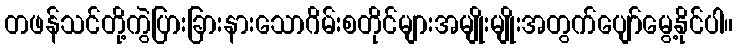
တဖန်သင်တို့ကွဲပြားခြားနားသောဂိမ်းစတိုင်များအမျိုးမျိုးအတွက်ပျော်မွေ့နိုင်ပါ။